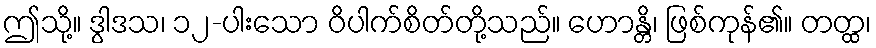
ဤသို့။ ဒွါဒသ၊ ၁၂-ပါးသော ဝိပါက်စိတ်တို့သည်။ ဟောန္တိ၊ ဖြစ်ကုန်၏။ တတ္ထ၊